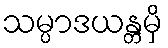
သမ္ပာဒယန္တမှိ